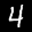
Label: 4